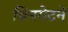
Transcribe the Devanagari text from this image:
विनगेटने